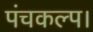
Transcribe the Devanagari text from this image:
पंचकल्प।